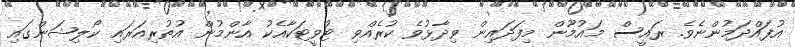
އުފައްދަމުންނެވެ. ރައީސް މައުމޫން މިފަދައިން ވިދާޅުވެ ކުރެއްވި ޓުވީޓަކާއެކު އާންމުން އުތުރިއަރައި ކޯލިޝަންގައި